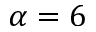
\alpha = 6